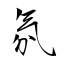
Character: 氛